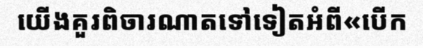
យើងគួរពិចារណាតទៅទៀតអំពី«បើក